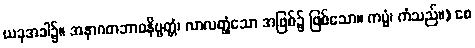
ယခုအခါ၌။ အနာဂတဘာဝနိဗ္ဗတ္တံ၊ လာလတ္တံ့သော အဖြစ်၌ ဖြစ်သော။ ကမ္မံ၊ ကံသည်။) စေ